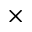
\times